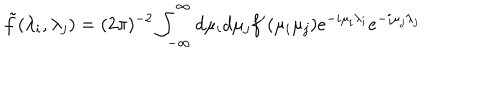
\tilde { f } ( \lambda _ { i } , \lambda _ { j } ) = ( 2 \pi ) ^ { - 2 } \int _ { - \infty } ^ { \infty } d \mu _ { i } d \mu _ { j } f ^ { \prime } ( \mu _ { i } \mu _ { j } ) e ^ { - i \mu _ { i } \lambda _ { i } } e ^ { - i \mu _ { j } \lambda _ { j } }